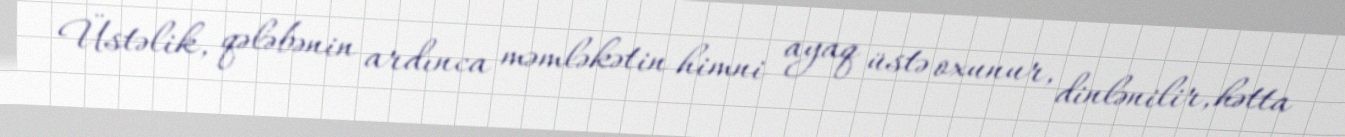
Üstəlik, qələbənin ardınca məmləkətin himni ayaq üstə oxunur, dinlənilir, hətta